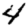
Digit: 4